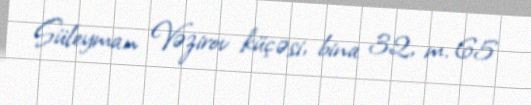
Süleyman Vəzirov küçəsi, bina 32, m. 65